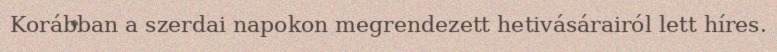
Korábban a szerdai napokon megrendezett hetivásárairól lett híres.